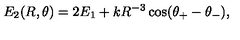
E _ { 2 } ( R , \theta ) = 2 E _ { 1 } + k R ^ { - 3 } \cos ( \theta _ { + } - \theta _ { - } ) ,